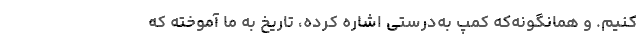
کنیم. و همانگونه‌که کِمپ به‌درستی اشاره کرده، تاریخ به ما آموخته که